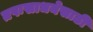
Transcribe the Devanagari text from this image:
तपःसाधनेसाठी